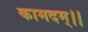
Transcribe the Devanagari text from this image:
कामदम्।।